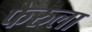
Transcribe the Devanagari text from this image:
फेरुला